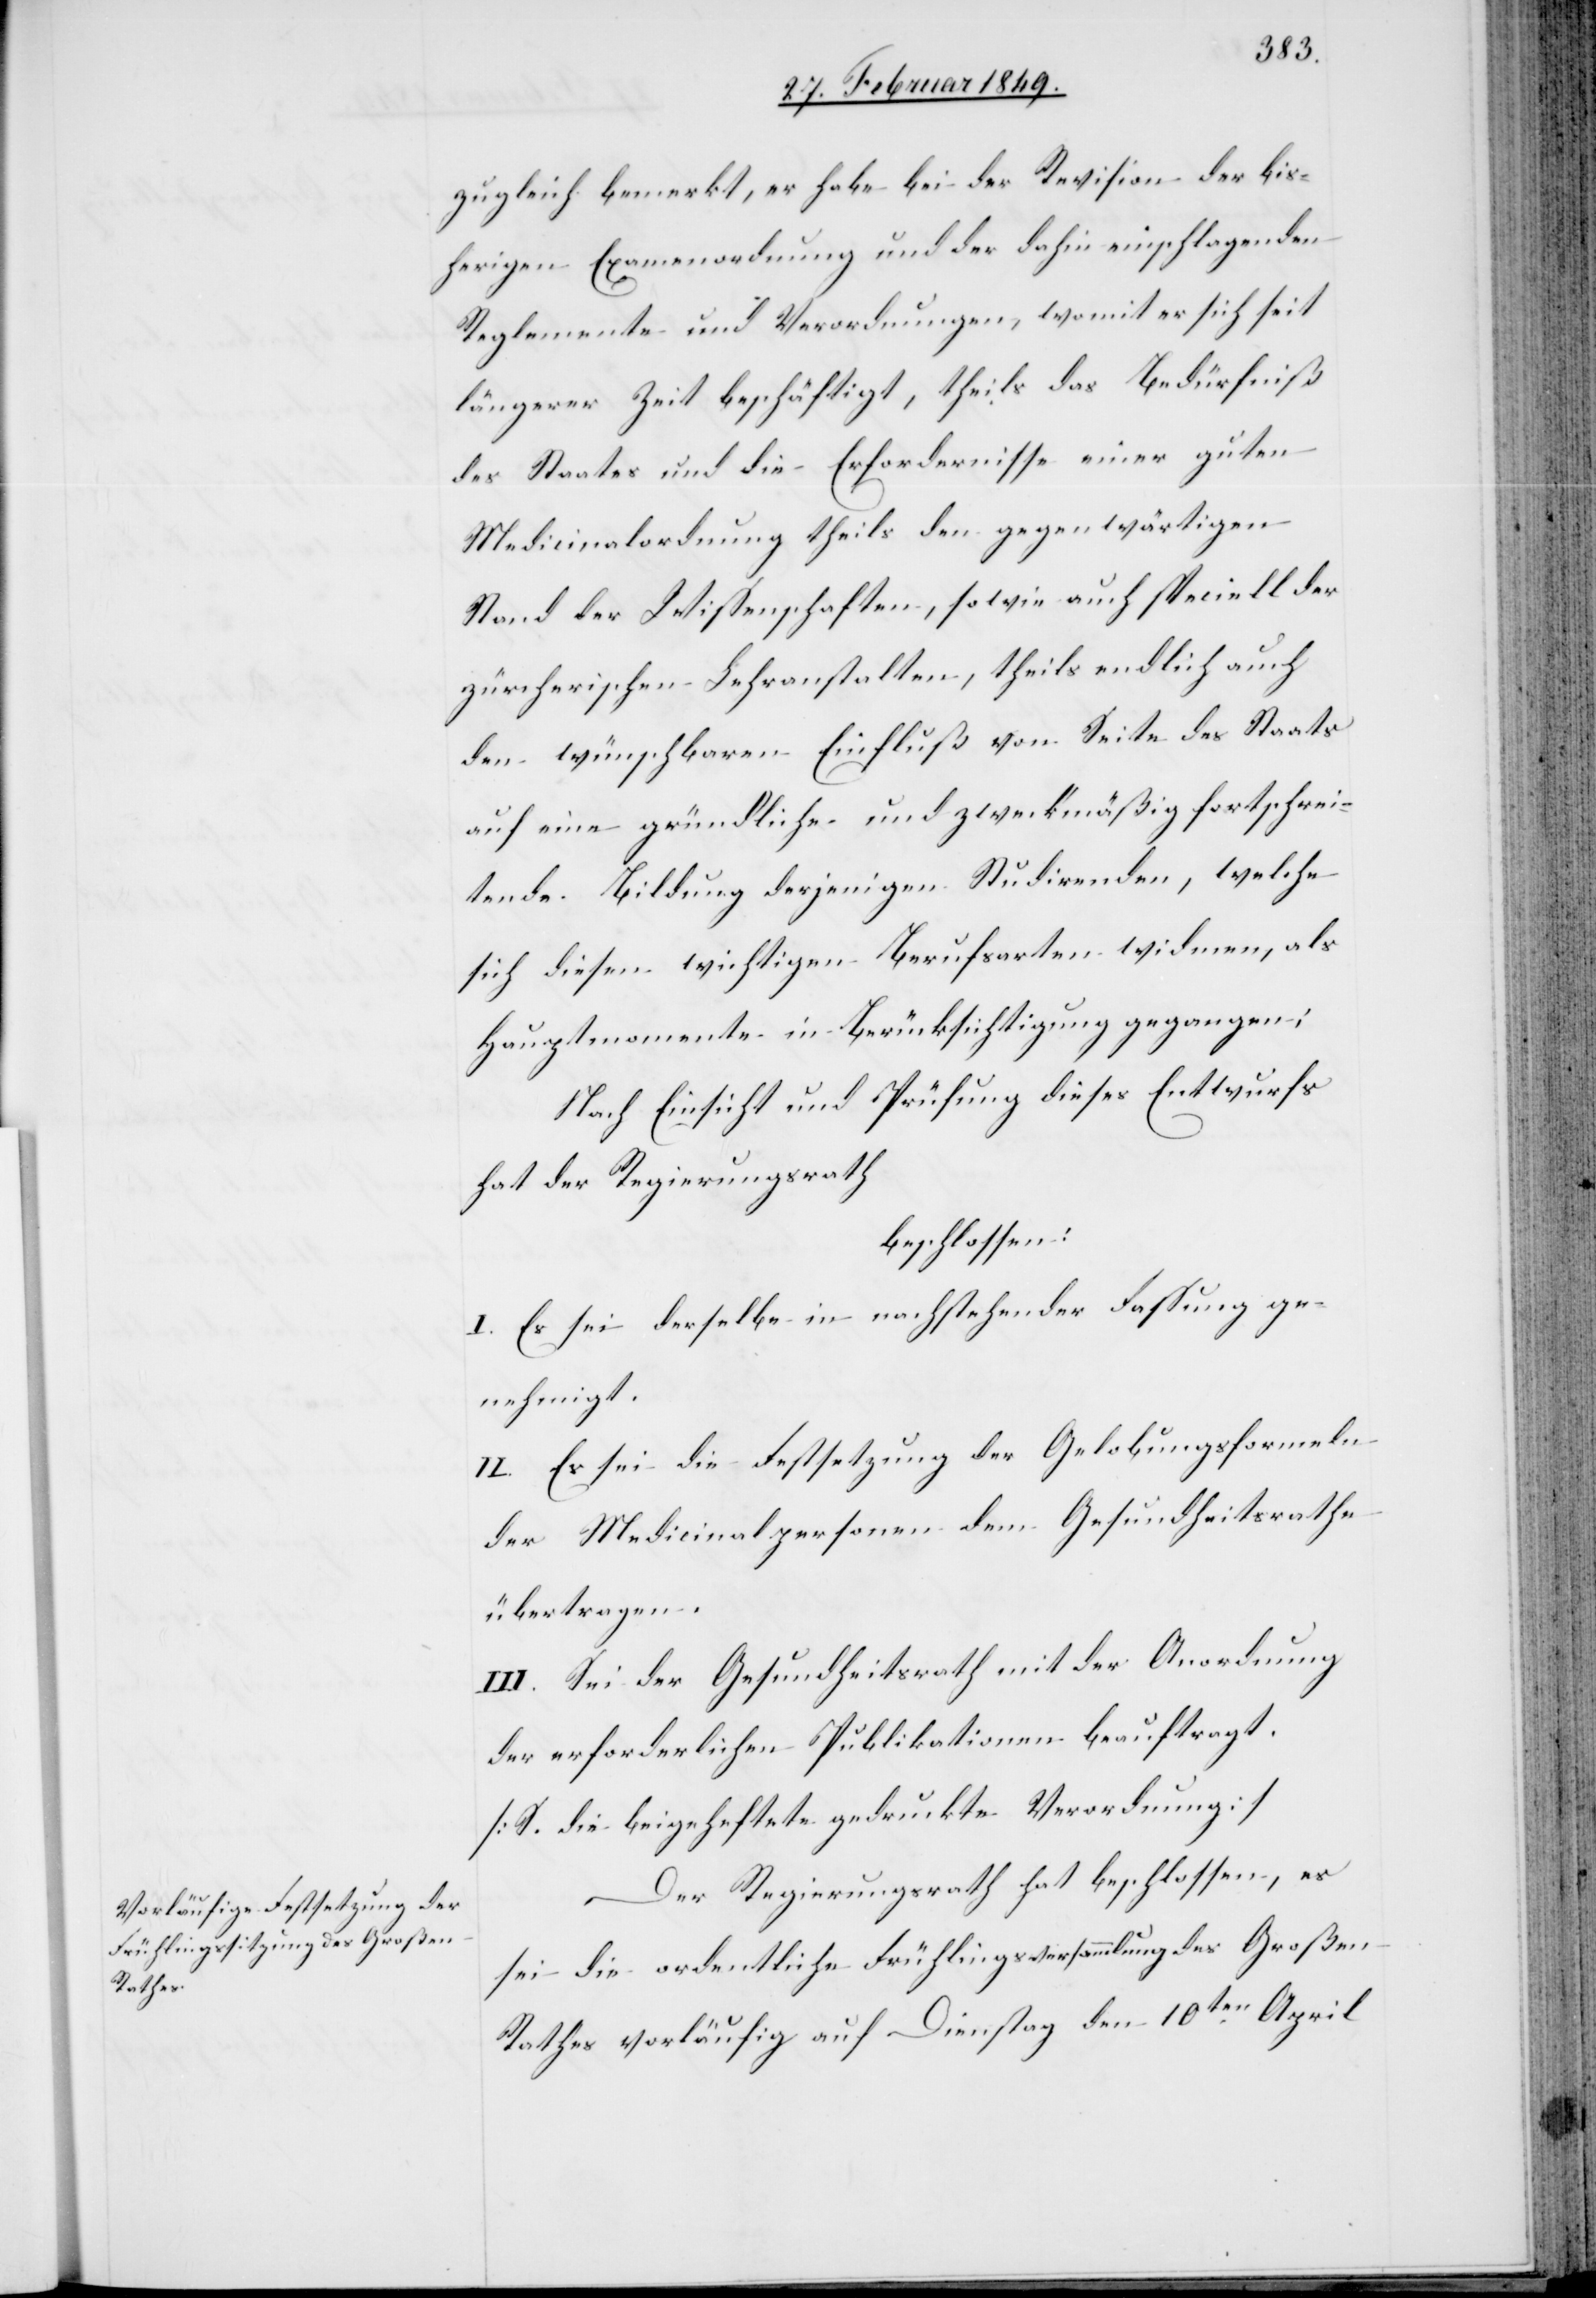
zugleich bemerkt, er habe bei der Revision der bis¬
herigen Examenordnung und der dahin einschlagenden
Reglemente und Verordnungen, womit er sich seit
längerer Zeit beschäftigt, theils das Bedürfniß
des Staates und die Erfordernisse einer guten
Medicinalordnung theils den gegenwärtigen
Stand der Wissenschaften, sowie auch speciell der
zürcherischen Lehranstalten, theils endlich auch
den wünschbaren Einfluß von Seite des Staats
auf eine gründliche und zweckmäßig fortschrei¬
tende Bildung derjenigen Studirenden, welche
sich diesen wichtigen Berufsarten widmen, als
Hauptmomente in Berücksichtigung gegangen
Nach Einsicht unt Prüfung dieses Entwurfs
hat der Regierungsrath
beschlossen:
I. Es sei derselbe in nachstehender Fassung ge¬
nehmigt.
II. Es sei die Festsetzung der Gelobungsformeln
der Medicinalpersonen dem Gesundheitsrathe
übertragen.
III. Sei der Gesundheitsrath mit der Anordnung
der erforderlichen Publikationen beauftragt.
[S. die beigeheftete gedruckte Verordnung]
Der Regierungsrath hat beschlossen, es
sei die ordentliche Frühlingsversammlung des Großen
Rathes vorläufig auf Dienstag den 10ten. April